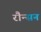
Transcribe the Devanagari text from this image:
रौन्सन